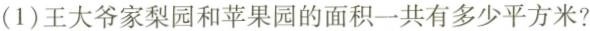
（1）王大爷家梨园和苹果园的面积一共有多少平方米?